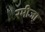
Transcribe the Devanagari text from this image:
रमीजा